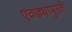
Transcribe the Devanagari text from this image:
एवढ्यापुरते